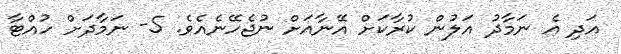
އަދި އެ ނަމާދު އަލުން ކުރާކަށް އޭނާއަށް ނުޖެހޭނެއެވެ. 5- ނަމާދަށް ހުއްޓާ